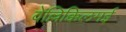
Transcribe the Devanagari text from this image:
वेल्लिक्किलमई